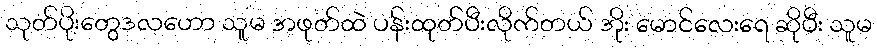
သုတ်ပိုးတွေဒလဟော သူမ အဖုတ်ထဲ ပန်းထုတ်ပီးလိုက်တယ် အိုး မောင်လေးရေ ဆိုပီး သူမ